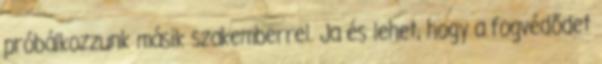
próbálkozzunk másik szakemberrel. Ja és lehet, hogy a fogvédődet